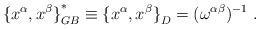
LaTeX: \begin{align*}{\{ x^\alpha,x^\beta \}}^\ast_{GB} \equiv {\{ x^\alpha,x^\beta \}}_D = (\omega^{\alpha\beta})^{-1}\;.\end{align*}